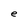
Character: e